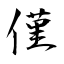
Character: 僅